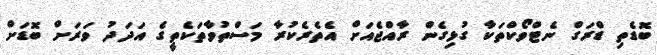
ބޮޑެތި ޑްރަގް ނެޓްވޯކްތަކާ ގުޅިގެން ރާއްޖެއަށް އެތެރެކުރާ މަސްތުވާތަކެތީގެ އަދަދު ވަރަށް ބޮޑަށް